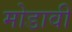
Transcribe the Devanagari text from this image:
मोडावी